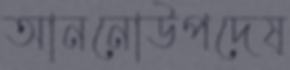
আননোউপদেষ্